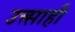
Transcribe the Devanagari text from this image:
उत्त्साही